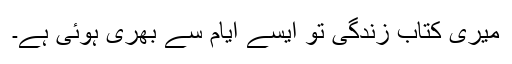
میری کتابِ زندگی تو ایسے ایام سے بھری ہوئی ہے۔